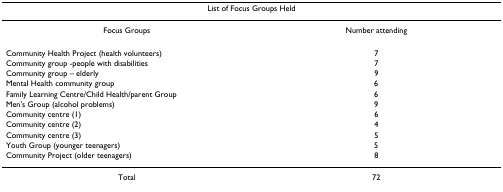
| <COLSPAN=2> List of Focus Groups Held |
 | --- | --- |
 | Focus Groups | Number attending |
 | Community Health Project (health volunteers) | 7 |
 | Community group -people with disabilities | 7 |
 | Community group – elderly | 9 |
 | Mental Health community group | 6 |
 | Family Learning Centre/Child Health/parent Group | 6 |
 | Men's Group (alcohol problems) | 9 |
 | Community centre (1) | 6 |
 | Community centre (2) | 4 |
 | Community centre (3) | 5 |
 | Youth Group (younger teenagers) | 5 |
 | Community Project (older teenagers) | 8 |
 | Total | 72 |